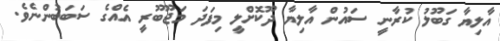
އާލިޔާ ގަބޫލު ކުރާނީ ސައުން އާލިޔާ ދޫކޮށްލީ މިފަދަ މަޖޫބޫރީ އެއްގެ ސަބަބުންނެވެ.